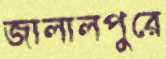
জালালপুরে